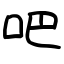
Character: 吧